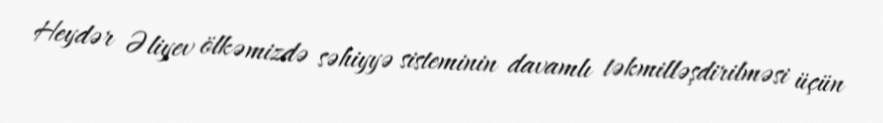
Heydər Əliyev ölkəmizdə səhiyyə sisteminin davamlı təkmilləşdirilməsi üçün